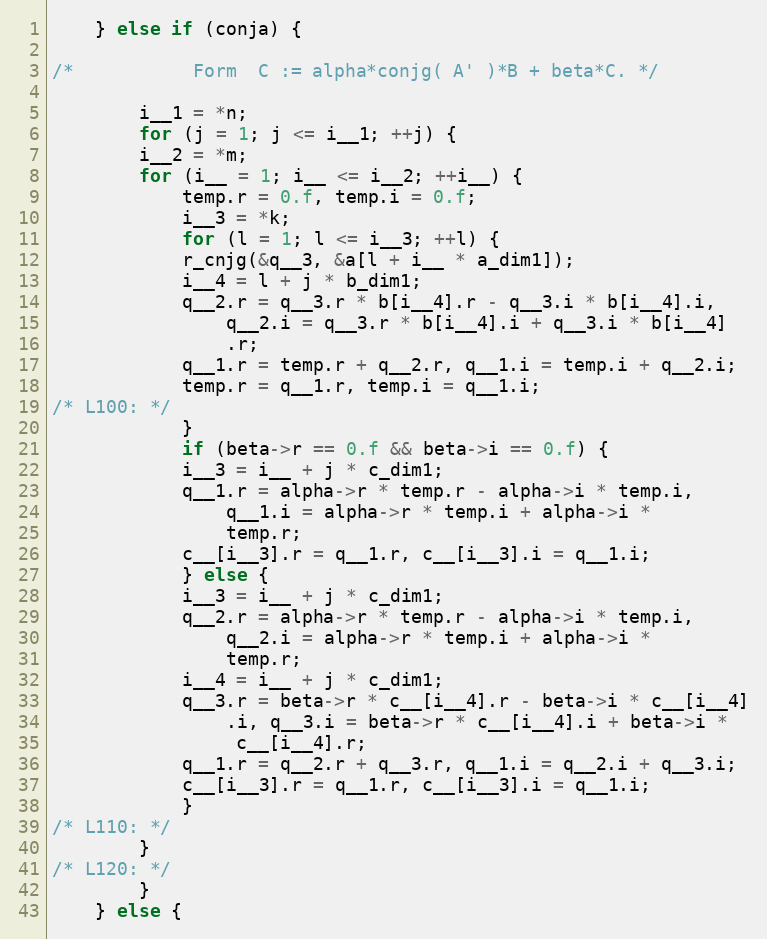
Language: C
	} else if (conja) {

/*           Form  C := alpha*conjg( A' )*B + beta*C. */

	    i__1 = *n;
	    for (j = 1; j <= i__1; ++j) {
		i__2 = *m;
		for (i__ = 1; i__ <= i__2; ++i__) {
		    temp.r = 0.f, temp.i = 0.f;
		    i__3 = *k;
		    for (l = 1; l <= i__3; ++l) {
			r_cnjg(&q__3, &a[l + i__ * a_dim1]);
			i__4 = l + j * b_dim1;
			q__2.r = q__3.r * b[i__4].r - q__3.i * b[i__4].i,
				q__2.i = q__3.r * b[i__4].i + q__3.i * b[i__4]
				.r;
			q__1.r = temp.r + q__2.r, q__1.i = temp.i + q__2.i;
			temp.r = q__1.r, temp.i = q__1.i;
/* L100: */
		    }
		    if (beta->r == 0.f && beta->i == 0.f) {
			i__3 = i__ + j * c_dim1;
			q__1.r = alpha->r * temp.r - alpha->i * temp.i,
				q__1.i = alpha->r * temp.i + alpha->i *
				temp.r;
			c__[i__3].r = q__1.r, c__[i__3].i = q__1.i;
		    } else {
			i__3 = i__ + j * c_dim1;
			q__2.r = alpha->r * temp.r - alpha->i * temp.i,
				q__2.i = alpha->r * temp.i + alpha->i *
				temp.r;
			i__4 = i__ + j * c_dim1;
			q__3.r = beta->r * c__[i__4].r - beta->i * c__[i__4]
				.i, q__3.i = beta->r * c__[i__4].i + beta->i *
				 c__[i__4].r;
			q__1.r = q__2.r + q__3.r, q__1.i = q__2.i + q__3.i;
			c__[i__3].r = q__1.r, c__[i__3].i = q__1.i;
		    }
/* L110: */
		}
/* L120: */
	    }
	} else {